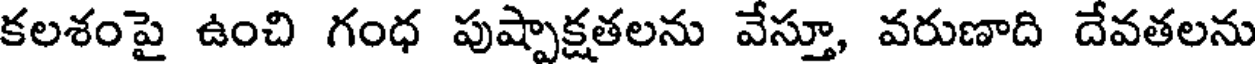
కలశంపై ఉంచి గంధ పుష్పాక్షతలను వేస్తూ, వరుణాది దేవతలను